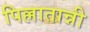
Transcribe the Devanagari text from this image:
पिल्लातान्नी